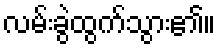
လမ်းခွဲထွက်သွား၏။